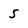
Character: 5